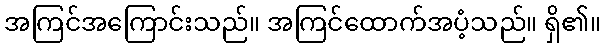
အကြင်အကြောင်းသည်။ အကြင်ထောက်အပံ့သည်။ ရှိ၏။